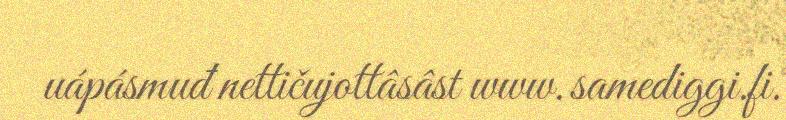
uápásmuđ nettičujottâsâst www.samediggi.fi.